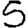
Digit: 5